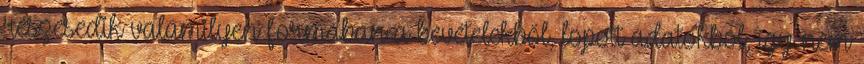
részesedik valamilyen formában a bevételekből, lopott adatokból, így nem